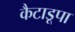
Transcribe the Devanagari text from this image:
कैटाडूपा